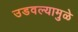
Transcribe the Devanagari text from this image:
उडवल्यामुळे